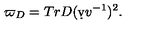
\varpi _ { D } = T r D ( \d v v ^ { - 1 } ) ^ { 2 } .